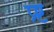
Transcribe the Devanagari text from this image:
प्र्ष्ट